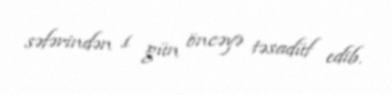
səfərindən 1 gün öncəyə təsadüf edib.